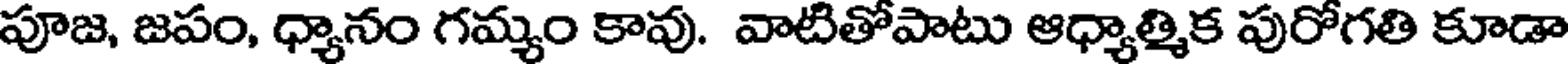
పూజ, జపం, ధ్యానం గమ్యం కావు. వాటితోపాటు ఆధ్యాత్మిక పురోగతి కూడా